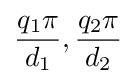
{q_{1}\pi  \over d_{1}},{q_{2}\pi  \over d_{2}}